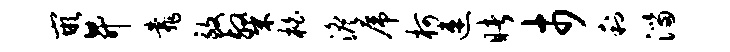
嵌升靠致粲柏澹虎柯速睹市利淄